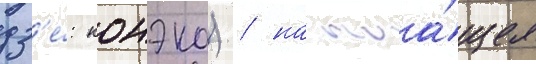
дз'е́: конэко) / настоа́щее